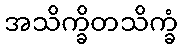
အသိက္ခိတသိက္ခံ